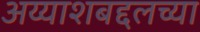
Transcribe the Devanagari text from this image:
अय्याशबद्दलच्या